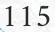
115